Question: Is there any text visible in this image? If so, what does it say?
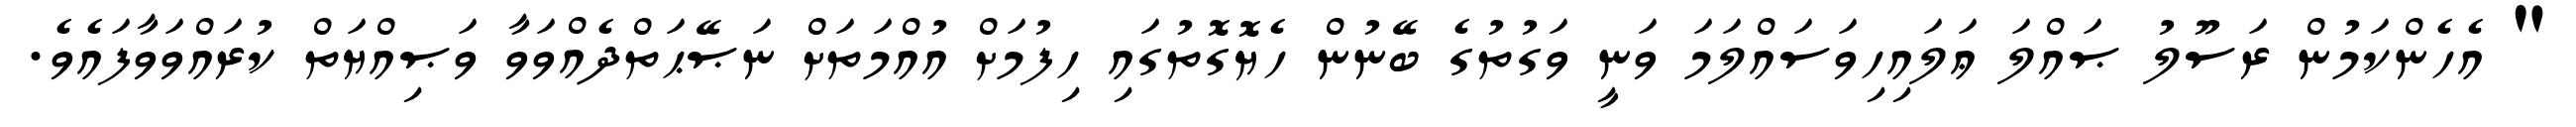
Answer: " އެހެންކަމުން ރަސޫލު ޞައްލަ ޢަލައިހިވަސައްލަމަ ވަނީ ވަގުތުގެ ބޭނުން ހެޔޮގޮތުގައި ހިފުމަށް އުއްމަތަށް ނަޞޭޙަތްދެއްވަވާ ވަޞިއްޔަތް ކުރައްވަވާފައެވެ.